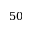
5 0